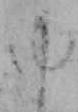
ゆ